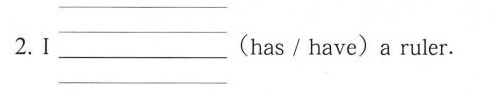
2.I___（has/have）a ruler.